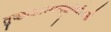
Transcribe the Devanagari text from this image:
तुच्छाकारमनोवृत्तिर्यस्यासौ